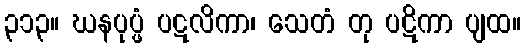
၃၁၃။ ဃနပုပ္ဖံ ပဋလိကာ၊ သေတံ တု ပဋိကာ ပျထ။